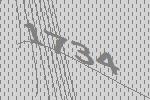
1734